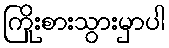
ကြိုးစားသွားမှာပါ